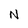
Character: N